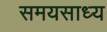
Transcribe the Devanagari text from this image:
समयसाध्य